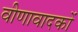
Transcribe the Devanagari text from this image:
वीणावादकों